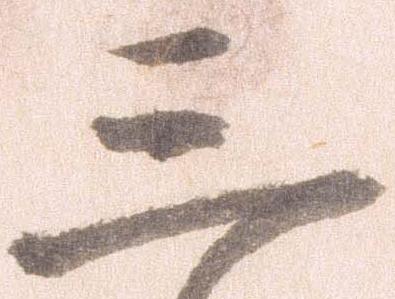
三